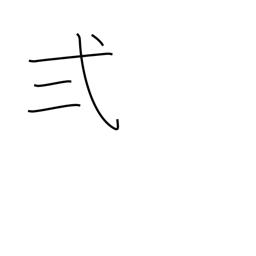
Meaning: two